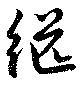
繻